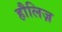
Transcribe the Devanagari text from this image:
हौलिज़